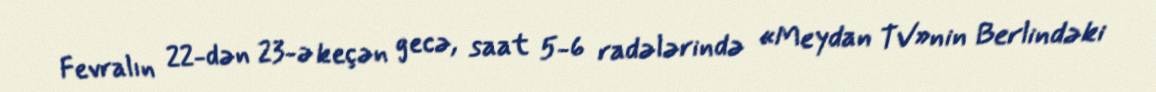
Fevralın 22-dən 23-ə keçən gecə, saat 5-6 radələrində «Meydan TV»nin Berlindəki